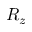
R _ { z }